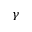
\gamma